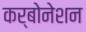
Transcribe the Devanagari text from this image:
कर्बोनेशन